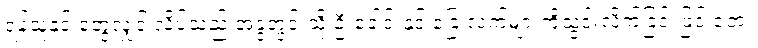
ရန်သူနှင့် တွေ့လျှင် လိပ်သည် အခွံတွင်းသို့ ဦးခေါင်းနှင့် ခြေ လက်များကိုသွင်းလိုက်ခြင်းဖြင့် ဘေး